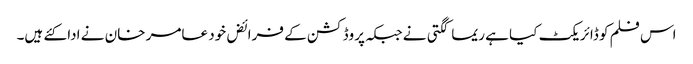
اس فلم کو ڈائریکٹ کیا ہے ریما کگتی نے جبکہ پروڈکشن کے فرائض خود عامر خان نے ادا کئے ہیں۔